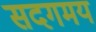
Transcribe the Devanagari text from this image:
सदगमय